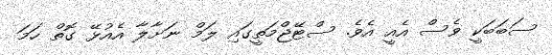
ސަބަބަކީ ވެސް އެއީ އެވެ. ސްޓޭޖްމަތީގައި ލަމް ނަށާލާ އެއުޅޭ ގޮތް ހަމަ